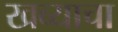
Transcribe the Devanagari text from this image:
खव्याचा